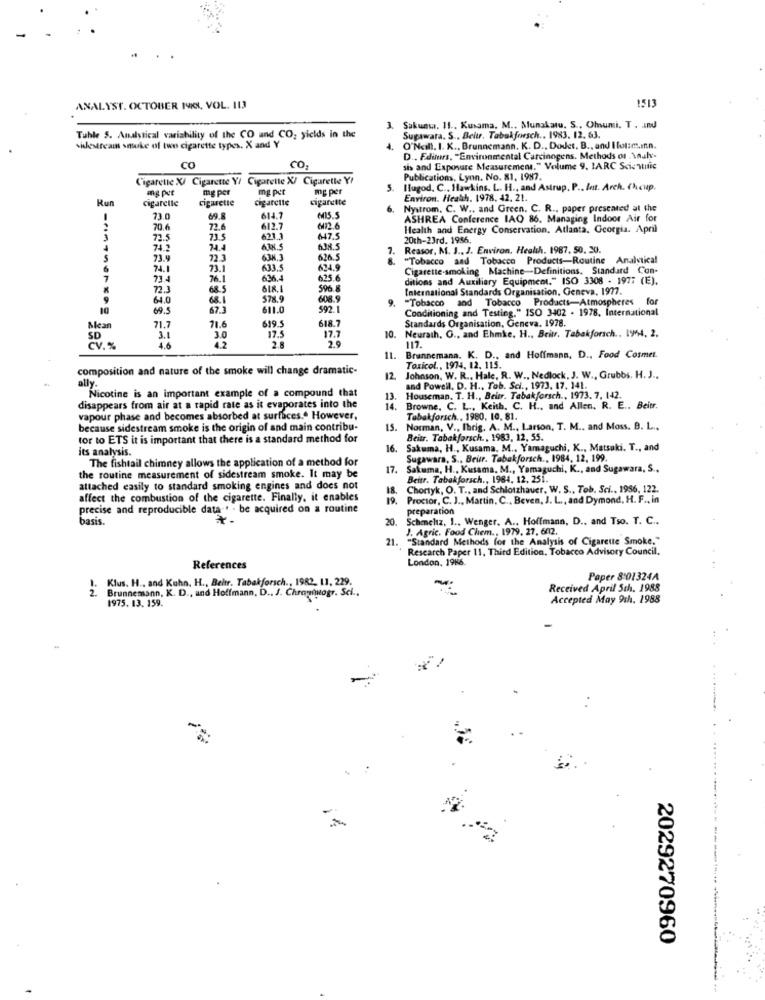
1513
ANALYST. OCTOBER 19KI, VOL. 113
3. Sakunta. 11 .. Kusama. M ., Munakatu. S .. Ohumi. T . Ind
Tuhle S. Analytical variability of the CO and CO; yields in the
Sugawara. S .. Beitr. Tabakforsch .. 1983. 12. 63.
shestream smoke of two cigarette types. X and Y
4. O'Neill. I. K ., Brunnemann. K. D ., Dodet, B ., and I lot:m.inn.
D ., Editors, "Environmental Carcinogens. Methods or . \auly-
CO
CO2
sis and Exposure Measurement." Volume 9. IARC Scientific
Cigarette X/ Cigarette Y/
Cigarette X/ Cigarette Y/
Publications, Lynn, No. 81, 1987.
ng per
mg per
mg per
5. Ilugod. C ., Hawkins. L. H ., and Astrup. P ., Int. Arch. Chcup.
Run
cigarelle
cigarette
cigarette
cigarette
Environ. Heath. 1978. 42. 21.
6.
Nystrom. C. W ., and Green. C. R ., paper presented at the
73.0
69.8
614.7
ASHREA Conference IAQ 86. Managing Indoor Air for
70.6
72.6
612.7
6172.6
Health and Energy Conservation. Atlanta, Georgia. April
72.5
73.5
623.3
647.5
20th-23rd. 1956.
712
74.4
6.JH.5
638.5
7. Reasor, M. J ., J. Environ, Health. 1987. 50. 30.
73.9
72.3
638.3
626.5
8. "Tobacco and Tobacco Products-Routine Analytical
6
74.1
73.1
633.5
624.9
Cigarette-smoking Machine-Definitions. Standard Con-
7
73.4
76.1
636.4
625.6
ditions and Auxiliary Equipment." ISO 3308 - 197; (E).
72.3
68.5
596.8
International Standards Organisation, Geneva. 1977.
64.0
68.
578.9
608.
9. - Tobacco and Tobacco Products-Atmospheres
for
10
69.5
67.3
$11.0
592.1
Conditioning and Testing." ISO 3402 . 1978. International
71.7
71.6
618.7
Mean
619.5
10. Neurath, G ., and Ehmke. H ., Beitr. Tabakforsch .. 1964, 2.
Standards Organisation, Geneva. 1978.
SD
3.1
3.0
17.5
17.7
CV. *
2.8
2.9
11. Brunnemana. K. D ., and Hoffmann, D ., Food Cosmet.
117.
composition and nature of the smoke will change dramatic-
Toxicol ., 1974, 12. 115.
ally."
12.
Johnson, W. R ., Hale, R. W ., Nedlock, J. W ., Grubbs. H. J .,
Nicotine is an important example of a compound that
and Powell, D. H ., Tob. Sci ., 1973, 17, 141.
13.
13. Houseman. T. H ., Beitr. Tabakforsch ., 1973. 7, 142.
disappears from air at a rapid rate as it evaporates into the
14.
Browne. C. L ., Keith. C. H ., and Allen. R. E .. Beitr.
vapour phase and becomes absorbed at surfaces. However,
Tabakforsch .. 1980, 10, 81.
because sidestream smoke is the origin of and main contribu-
15. Norman, V ., Ibrig. A. M ., Larson, T. M ., and Moss. B. L .,
tor to ETS it is important that there is a standard method for
Beitr. Tabakforsch ., 1983, 12, 55.
its analysis.
16.
Sakuma, H ., Kusama. M ., Yamaguchi, K ., Matsaki. T ., and
The fishtail chimney allows the application of a method for
Sugawara, S .. Beur. Tabakforsch ., 1984, 12, 199.
17.
Sakuma, H ., Kusama. M ., Yamaguchi, K ., and Sugawara, S .,
the routine measurement of sidestream smoke. It may be
Beitr. Tabakforsch ., 1984, 12, 251.
attached easily to standard smoking engines and does not
18.
Chortyk, O. T ., and Schlotzhauer, W. S ., Tob. Sci ., 1986, 122.
affect the combustion of the cigarette. Finally, it enables
Proctor, C. J ., Martin. C ., Beven, J. L ., and Dymond, H. F ., in
precise and reproducible data -. - be acquired on a routine
preparation
basis.
20.
Scheneliz. 1 ., Wenger. A ., Hoffmann, D .. and Tso. T. C ..
J. Agric. Food Chem ., 1979, 27, 6012.
21.
"Standard Methods for the Analysis of Cigarette Smoke."
Research Paper 11, Third Edition, Tobacco Advisory Council.
London, 1966.
References
Paper 8'01324A
2. Brunnemann, K. D ., und Hoffmann, D .. J. Chrontueogr. Sci ..
Klus. H ., and Kuhn. H ., Beltr. Tabakforsch ., 1982. 11, 229.
-:
Received April 5th. 1988
1975. 13. 159.
Accepted May 9th, 1988
..
2029270960